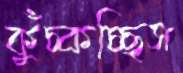
কুঁচ্‌কচ্ছিস